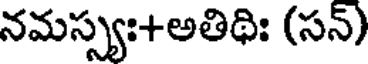
నమస్స్యః+అతిథిః (సన్)